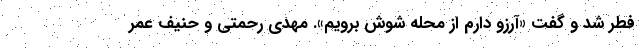
فطر شد و گفت «آرزو دارم از محله شوش برویم». مهدی رحمتی و حنیف عمر